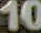
10